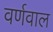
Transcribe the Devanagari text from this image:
वर्णवाल